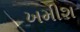
ખમીશ